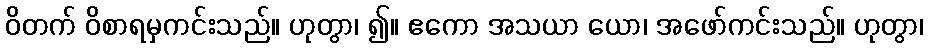
ဝိတက် ဝိစာရမှကင်းသည်။ ဟုတွာ၊ ၍။ ဧကော အသယာ ယော၊ အဖော်ကင်းသည်။ ဟုတွာ၊